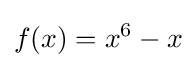
f(x)=x^{6}-x